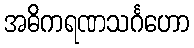
အဓိကရဏသင်္ဂဟော